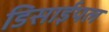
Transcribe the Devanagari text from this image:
डिसाईपल